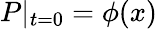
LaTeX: P|_{t=0}=\phi(x)